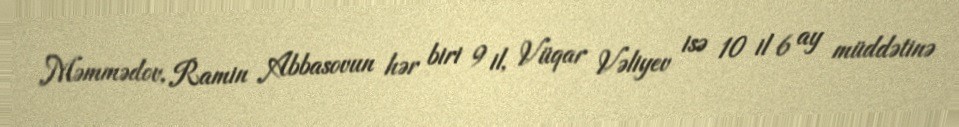
Məmmədov, Ramin Abbasovun hər biri 9 il, Vüqar Vəliyev isə 10 il 6 ay müddətinə